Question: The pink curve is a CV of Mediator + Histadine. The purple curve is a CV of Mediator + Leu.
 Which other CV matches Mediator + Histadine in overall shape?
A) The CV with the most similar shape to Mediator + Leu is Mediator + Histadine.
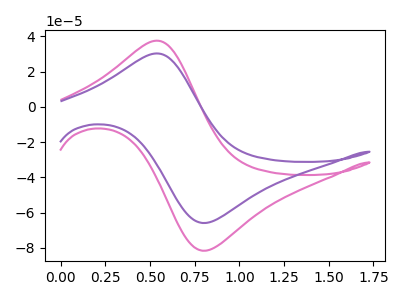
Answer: <think>The pink curve "Mediator + Histadine" has an anodic peak at (0.55V, 37.60uA) and a cathodic peak at (0.80V, -81.60uA). The purple curve "Mediator + Leu" has an anodic peak at (0.55V, 30.35uA) and a cathodic peak at (0.80V, -65.85uA).
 All the peaks in "Mediator + Histadine" have a peak in "Mediator + Leu" at the same potential. Every peak in "Mediator + Histadine" is higher than every peak in "Mediator + Leu".</think>
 <answer>A) The CV with the most similar shape to "Mediator + Leu" is "Mediator + Histadine".</answer>
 <eval>A</eval>